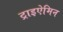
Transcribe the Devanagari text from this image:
ट्राइऐमिन